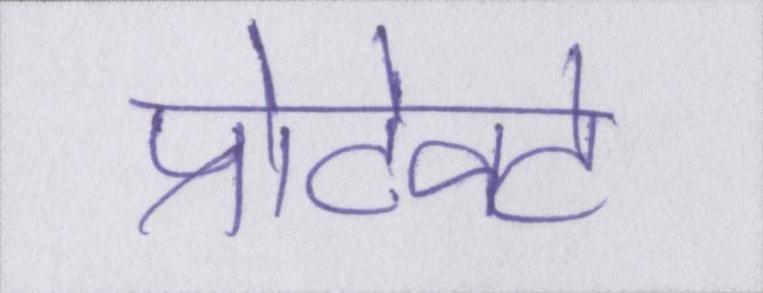
प्रोटेक्ट